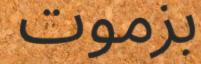
بزموت